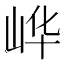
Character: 㟆